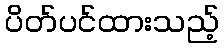
ပိတ်ပင်ထားသည့်